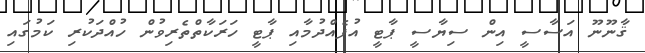
ޤާނޫނޫ އަސާސީ އިން ސިޔާސީ ޕާޓީ އުފެއްދުމާއި ޕާޓީ ހަރަކާތްތެރިވުން ހުއްދަކުރި ކަމުގައި